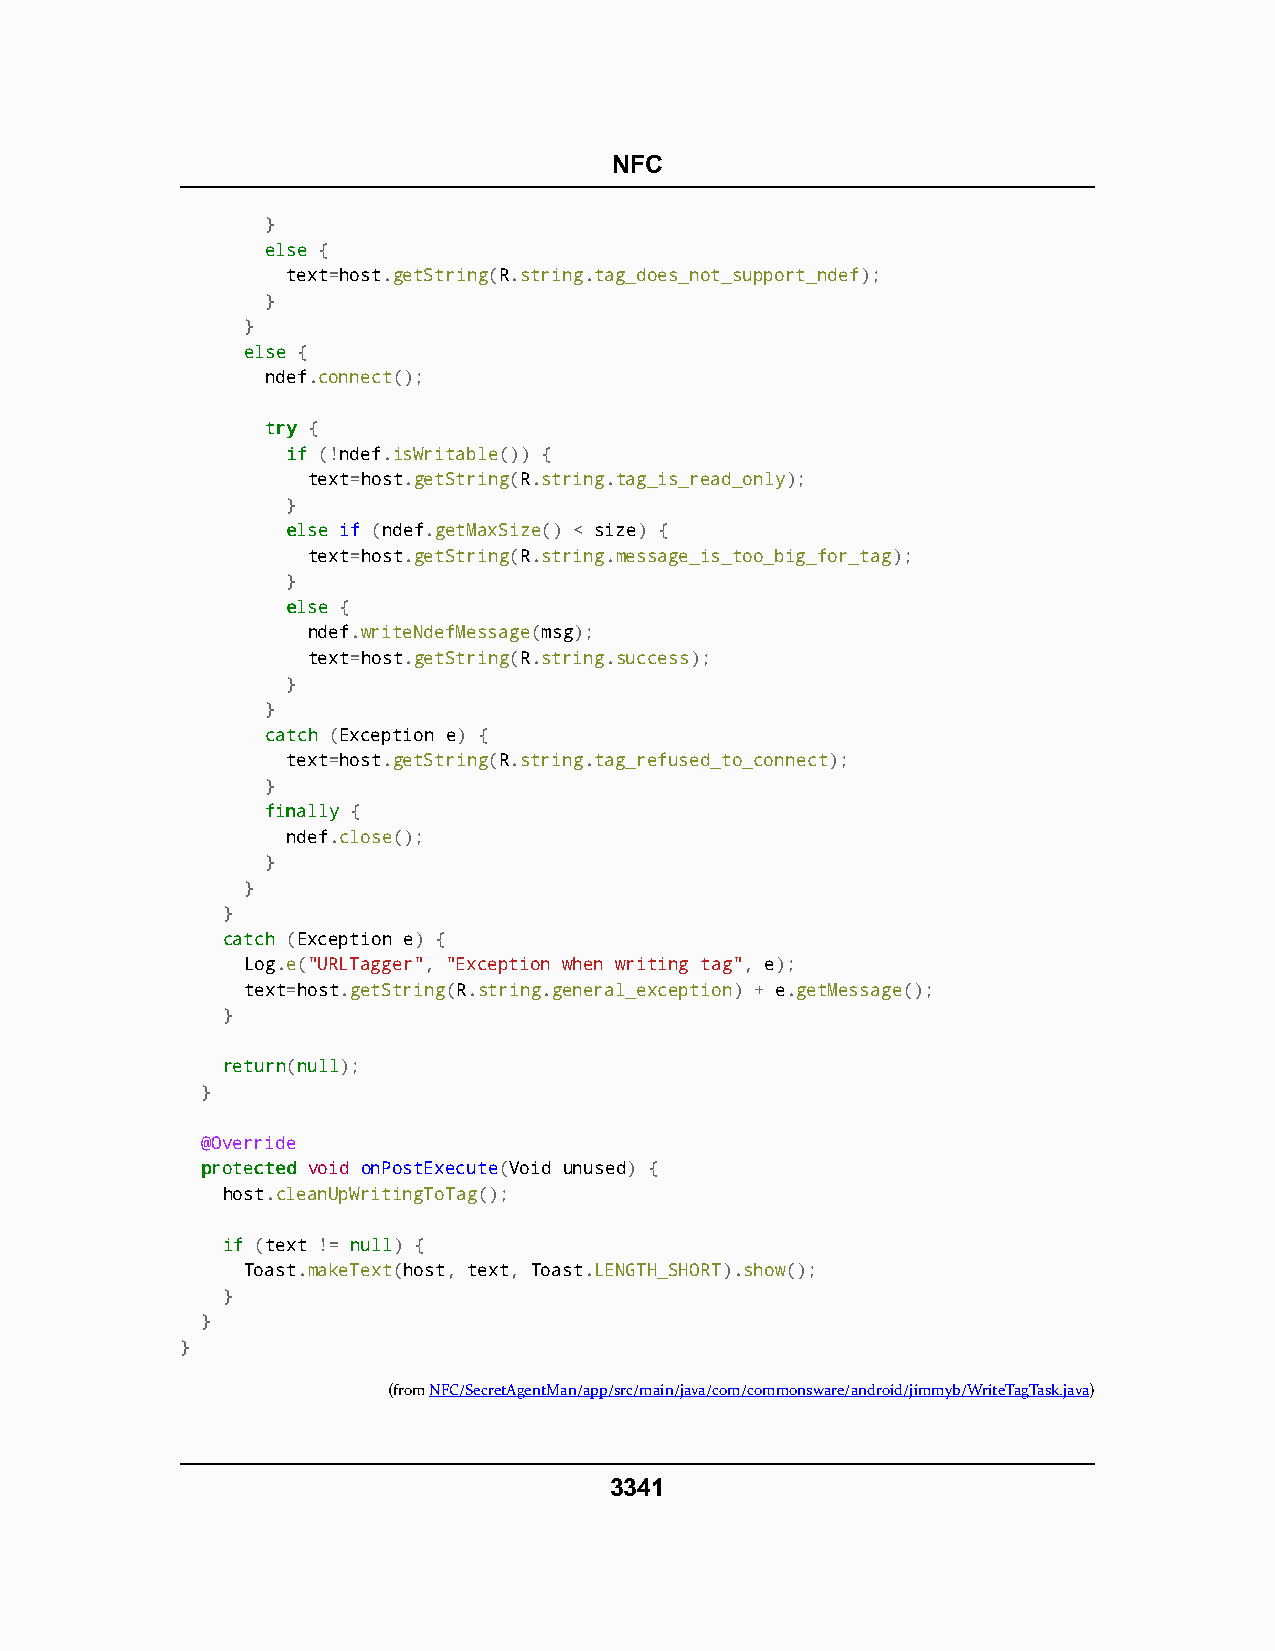
NFC
 }
 eellssee {
 text=host.getString(R.string.tag_does_not_support_ndef);
 }
 }
 eellssee {
 ndef.connect();
 ttrryy {
 iiff (!ndef.isWritable()) {
 text=host.getString(R.string.tag_is_read_only);
 }
 eellssee if (ndef.getMaxSize() < size) {
 text=host.getString(R.string.message_is_too_big_for_tag);
 }
 eellssee {
 ndef.writeNdefMessage(msg);
 text=host.getString(R.string.success);
 }
 }
 ccaattcchh (Exception e) {
 text=host.getString(R.string.tag_refused_to_connect);
 }
 ffiinnaallllyy {
 ndef.close();
 }
 }
 }
 ccaattcchh (Exception e) {
 Log.e("URLTagger", "Exception when writing tag", e);
 text=host.getString(R.string.general_exception) + e.getMessage();
 }
 rreettuurrnn(nnuullll);
 }
 @Override
 pprrootteecctteedd void onPostExecute(Void unused) {
 host.cleanUpWritingToTag();
 iiff (text != nnuullll) {
 Toast.makeText(host, text, Toast.LENGTH_SHORT).show();
 }
 }
 }
 (fromNFC/SecretAgentMan/app/src/main/java/com/commonsware/android/jimmyb/WriteTagTask.java)
 3341